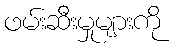
ဖမ်းဆီးမှုများကို